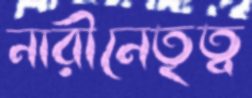
নারীনেতৃত্ব